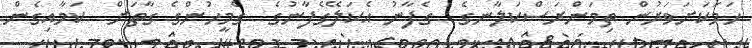
ހަމަކަށަވަރުން ތިމަންރަސްކަލާނގެ  ގެފާނު އެކަލޭގެފާނުގެ  ގެމީހުންގެ ގާތަށް  ކަމާއިގެން